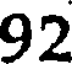
92